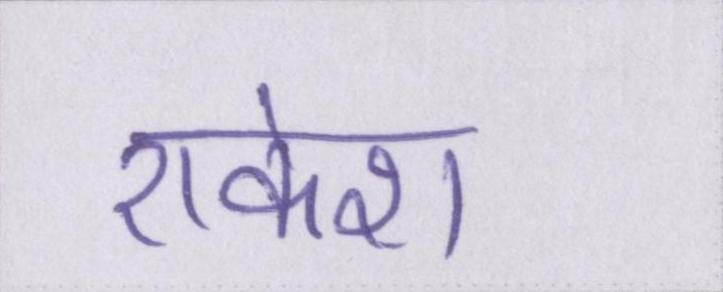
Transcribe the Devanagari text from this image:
राकेश